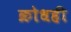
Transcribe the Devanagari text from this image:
क्रोधही